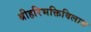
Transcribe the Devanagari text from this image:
श्रीहरिभक्तिविलास